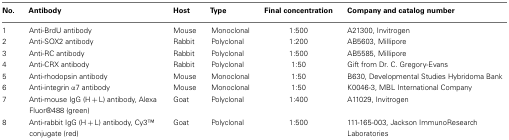
| No. | Antibody | Host | Type | Final concentration | Company and catalog number |
 | --- | --- | --- | --- | --- | --- |
 | 1 | Anti-BrdU antibody | Mouse | Monoclonal | 1:500 | A21300, Invitrogen |
 | 2 | Anti-SOX2 antibody | Rabbit | Polyclonal | 1:200 | AB5603, Millipore |
 | 3 | Anti-RC antibody | Rabbit | Polyclonal | 1:500 | AB5585, Millipore |
 | 4 | Anti-CRX antibody | Rabbit | Polyclonal | 1:50 | Gift from Dr. C. Gregory-Evans |
 | 5 | Anti-rhodopsin antibody | Mouse | Monoclonal | 1:50 | B630, Developmental Studies Hybridoma Bank |
 | 6 | Anti-integrin α7 antibody | Mouse | Monoclonal | 1:50 | K0046-3, MBL International Company |
 | 7 | Anti-mouse IgG (H + L) antibody, Alexa Fluor®488 (green) | Goat | Polyclonal | 1:400 | A11029, Invitrogen |
 | 8 | Anti-rabbit IgG (H + L) antibody, Cy3TM conjugate (red) | Goat | Polyclonal | 1:500 | 111-165-003, Jackson ImmunoResearch Laboratories |